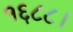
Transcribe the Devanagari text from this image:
१६८८।